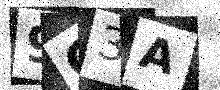
Text: 9G3A